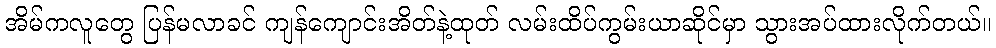
အိမ်ကလူတွေ ပြန်မလာခင် ကျန်ကျောင်းအိတ်နဲ့ထုတ် လမ်းထိပ်ကွမ်းယာဆိုင်မှာ သွားအပ်ထားလိုက်တယ်။